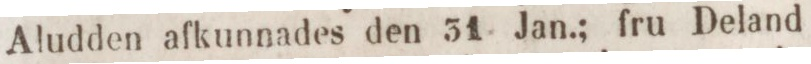
Aludden afkunnades den 31 Jan.; fru Deland